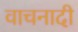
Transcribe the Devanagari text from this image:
वाचनादी